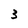
Character: 3